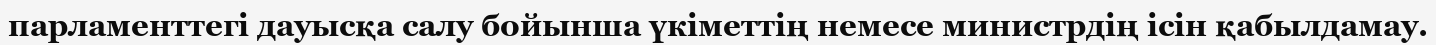
парламенттегі дауысқа салу бойынша үкіметтің немесе министрдің ісін қабылдамау.